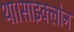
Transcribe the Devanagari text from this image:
था।साइक्लोन